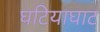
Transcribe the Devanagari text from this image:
घटियाघाट